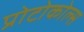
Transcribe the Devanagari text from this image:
प्रोटोकोल्स